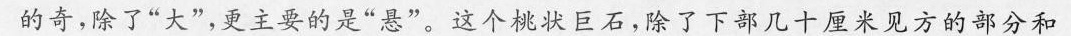
的奇，除了”大”，更主要的是”悬”。这个桃状巨石，除了下部几十厘米见方的部分和